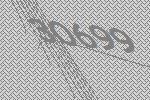
30699